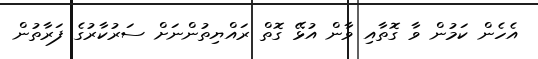
އެހެން ކަމުން ވާ ގޮތާއި ވާން އުޅޭ ގޮތް ރައްޔިތުންނަށް ސަރުކާރުގެ ފަރާތުން